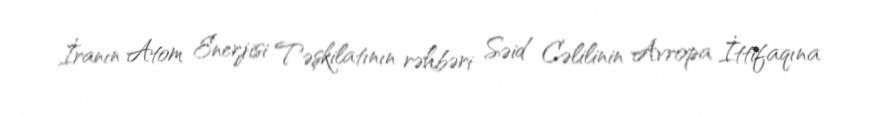
İranın Atom Enerjisi Təşkilatının rəhbəri Səid Cəlilinin Avropa İttifaqına